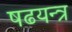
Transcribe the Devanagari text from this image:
षढयन्त्र